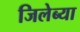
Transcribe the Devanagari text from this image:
जिलेब्या